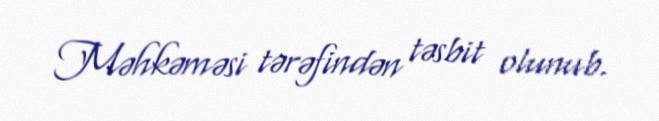
Məhkəməsi tərəfindən təsbit olunub.